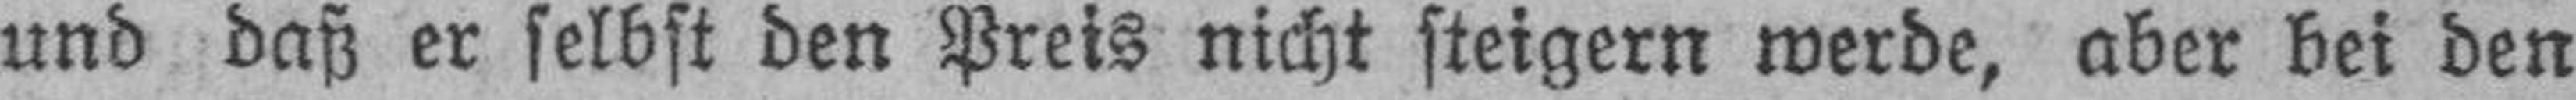
und daß er selbst den Preis nicht steigern werde, aber bei den